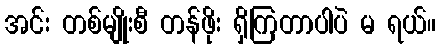
အင်း တစ်မျိုးစီ တန်ဖိုး ရှိကြတာပါပဲ မ ရယ်။